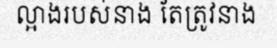
ល្អាងរបស់នាង តែត្រូវនាង